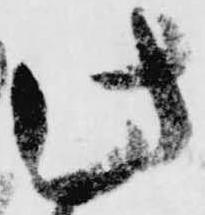
此